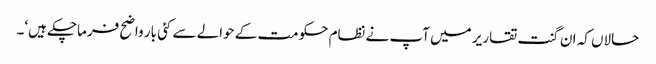
حالاں کہ ان گنت تقاریر میں آپ نے نظام حکومت کے حوالے سے کئی بار واضح فرماچکے ہیں‘۔